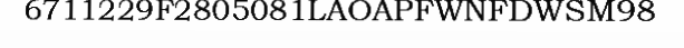
6711229F2805081LAOAPFWNFDWSM98